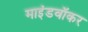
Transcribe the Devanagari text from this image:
माइंडवॉकर